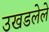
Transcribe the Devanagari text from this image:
उखडलेले